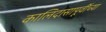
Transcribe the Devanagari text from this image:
कालिदासापूर्वीच्या